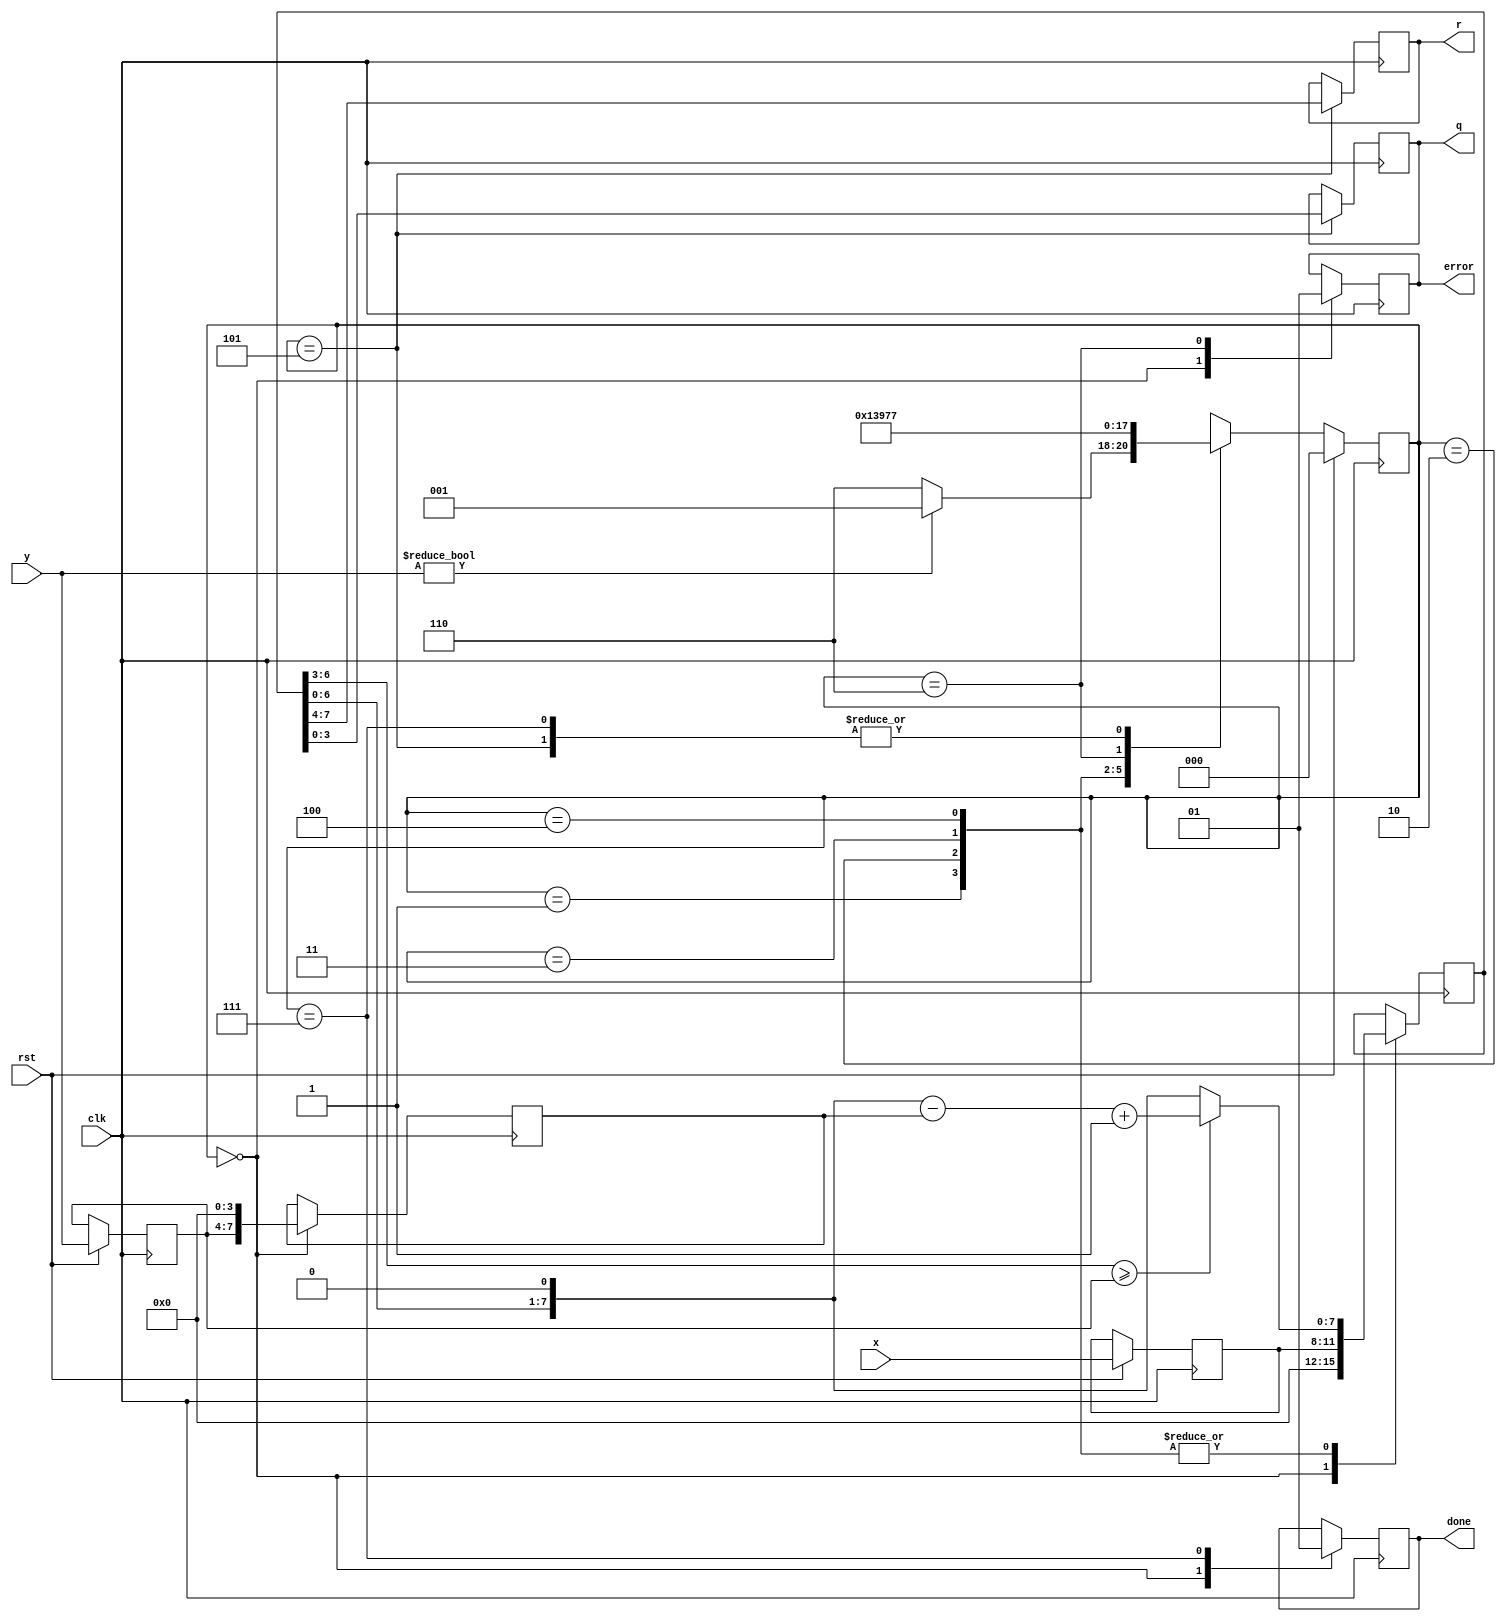
`timescale 1ns / 1ps
//////////////////////////////////////////////////////////////////////////////////
// Company: 
// Engineer: 
// 
// Design Name: 
// Module Name: Lab2_2
// Project Name: 
// Target Devices: 
// Tool Versions: 
// Description: 
// 
// Dependencies: 
// 
// Revision:
// Revision 0.01 - File Created
// Additional Comments:
// 
//////////////////////////////////////////////////////////////////////////////////


module Lab2_2(
    input [3:0]x,y,
    input rst,clk,
    output reg [3:0]q,r,
    output reg error,done
    );
    reg [2:0]state, nextstate;
    parameter S0 = 3'b000, S1 = 3'b001, S2 = 3'b010, S3 = 3'b011,S4 = 3'b100,S5 = 3'b101,S6 = 3'b110,S7  =3'b111;
    
    reg [3:0]tempa,tempb;
    reg [7:0]temp_a,temp_b;
    integer i;
    
    always@(posedge clk)
    if(rst) begin state <= S0;tempa <= x;tempb <= y;end
    else state <= nextstate;
    
    wire [7:0]left;
    assign left = {temp_a[6:0],1'b0};
    
    always@(posedge clk)
        begin
            case(state)
                S0:begin error <= 0;done <= 0;temp_a <= {4'b0000,tempa};temp_b <= {tempb,4'b0000};end
                S1,S2,S3,S4:begin 
                    if(left[7:4] >= tempb) temp_a <= left-temp_b+1;
                    else temp_a <= left;
                   end
                S5:begin r <= temp_a[7:4];q <= temp_a[3:0];end
                S6:error <= 1;
                S7:done <= 1;
            endcase
        end
    always@(*)
            begin
                case(state)
                    S0:begin if(y!=0)nextstate = S1;else nextstate = S6;end
                    S1:nextstate = S2;
                    S2:nextstate = S3;
                    S3:nextstate = S4;
                    S4:nextstate = S5;
                    S5:nextstate = S7;
                    S6:nextstate = S6;
                    S7:nextstate = S7;
                endcase
            end
endmodule